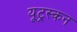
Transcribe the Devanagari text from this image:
यूट्रस्कन